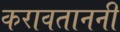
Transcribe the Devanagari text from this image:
करावताननी